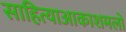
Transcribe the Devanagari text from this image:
साहित्याआकाशमलो